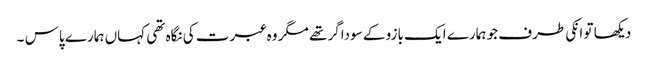
دیکھا تو انکی طرف جو ہمارے ایک بازو کے سوداگر تھے مگر وہ عبرت کی نگاہ تھی کہاں ہمارے پاس ۔